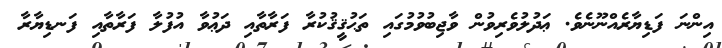
އިންނަ ފަޑިޔާރެއްނޫނެވެ. ޢަދުލުވެރިވުން ވާޖިބުވުމުގައި ތަޙުޤީޤުކުރާ ފަރާތާއި ދަޢުވާ އުފުލާ ފަރާތާއި ފަނޑިޔާރާ